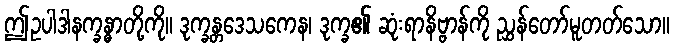
ဤဥပါဒါနက္ခန္ဓာတို့ကို။ ဒုက္ခန္တဒေသကေန၊ ဒုက္ခ၏ ဆုံးရာနိဗ္ဗာန်ကို ညွှန်တော်မူတတ်သော။